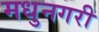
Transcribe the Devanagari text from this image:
मधुनगरी